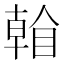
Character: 𥉏